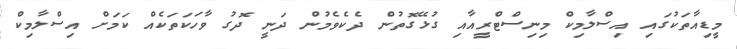
މީޑިއާތަކުގައި އިސްލާމިކް މިނިސްޓްރީއާއި ގުޅޭގޮތުން ދެކެވެމުން ދަނީ ދޮގު ވާހަކަތަކެއް ކަމަށް އިސްލާމިކް